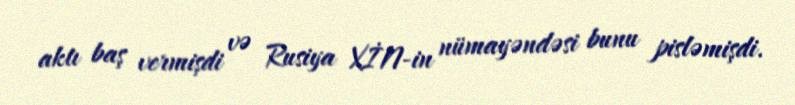
aktı baş vermişdi və Rusiya XİN-in nümayəndəsi bunu pisləmişdi.